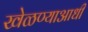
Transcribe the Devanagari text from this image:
खेळण्याआधी